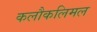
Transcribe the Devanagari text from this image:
कलौकलिमल